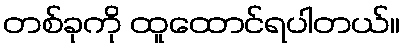
တစ်ခုကို ထူထောင်ရပါတယ်။